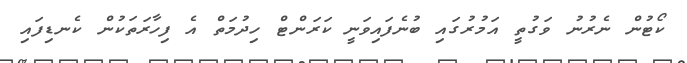
ކޯޓުން ނެރުނު ވަގުތީ އަމުރުގައި ބުނެފައިވަނީ ކަރަންޓް ހިދުމަތް އެ ފިހާރަތަކުން ކެނޑިފައި